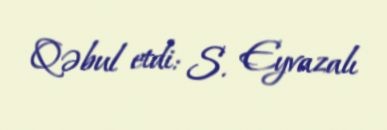
Qəbul etdi: S. Eyvazalı